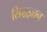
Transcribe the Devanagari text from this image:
सिद्धज्ञान